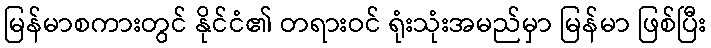
မြန်မာစကားတွင် နိုင်ငံ၏ တရားဝင် ရုံးသုံးအမည်မှာ မြန်မာ ဖြစ်ပြီး